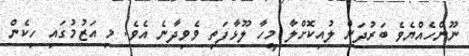
ނޫންހެއްޔެވެ ބަރުދަން ލުއިކޮށްލާ މީހާ ލޫޅާފަތި ވެވިދާނެ އެވެ. މި އަޒުމުގައި ހިކެން